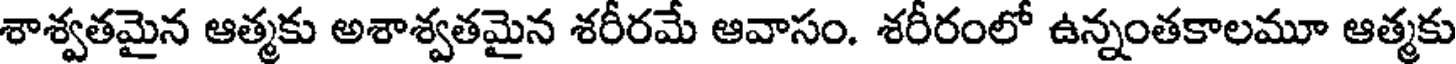
శాశ్వతమైన ఆత్మకు అశాశ్వతమైన శరీరమే ఆవాసం. శరీరంలో ఉన్నంతకాలమూ ఆత్మకు